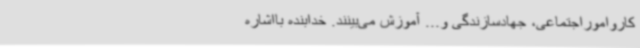
کارواموراجتماعی، جهادسازندگی و... آموزش می‌بینند. خدابنده بااشاره